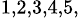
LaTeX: ^{1,2,3,4,5,}